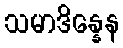
သမာဒိန္နေန